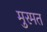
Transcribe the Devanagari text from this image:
मुरमत